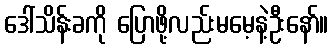
ဒေါ်သိန်းခကို ပြောဖို့လည်းမမေ့နဲ့ဦးနော်။